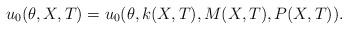
LaTeX: \begin{align*}u_{0}(\theta,X,T) &= u_{0}(\theta,k(X,T),M(X,T),P(X,T)).\end{align*}